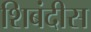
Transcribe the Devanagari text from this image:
शिबंदीस